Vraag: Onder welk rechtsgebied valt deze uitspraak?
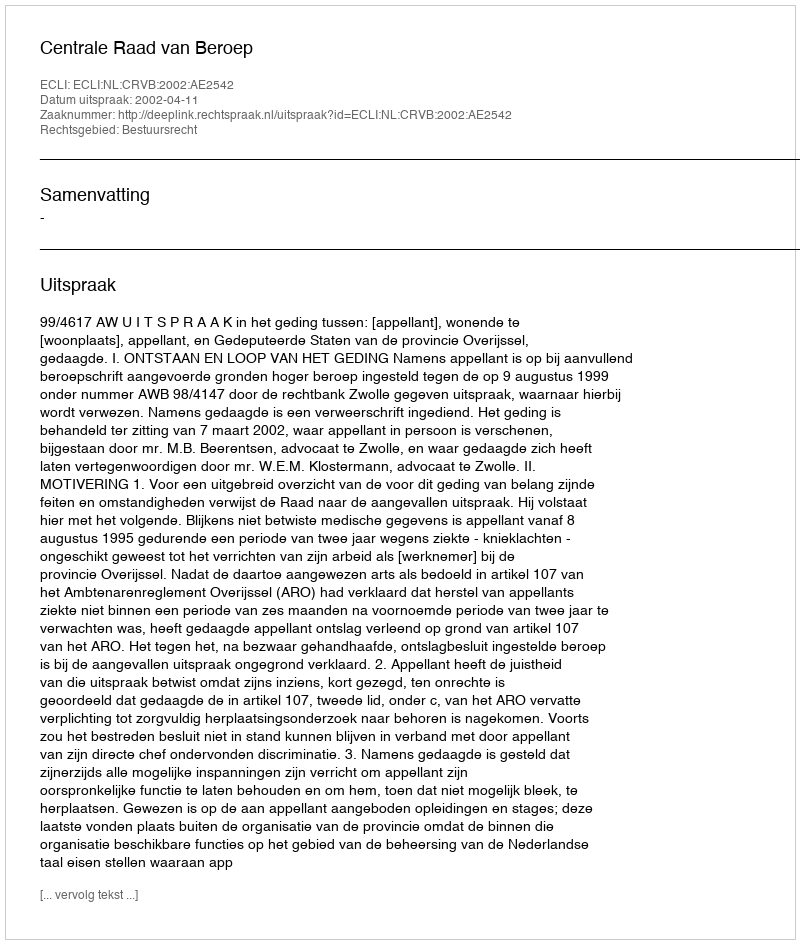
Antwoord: Bestuursrecht